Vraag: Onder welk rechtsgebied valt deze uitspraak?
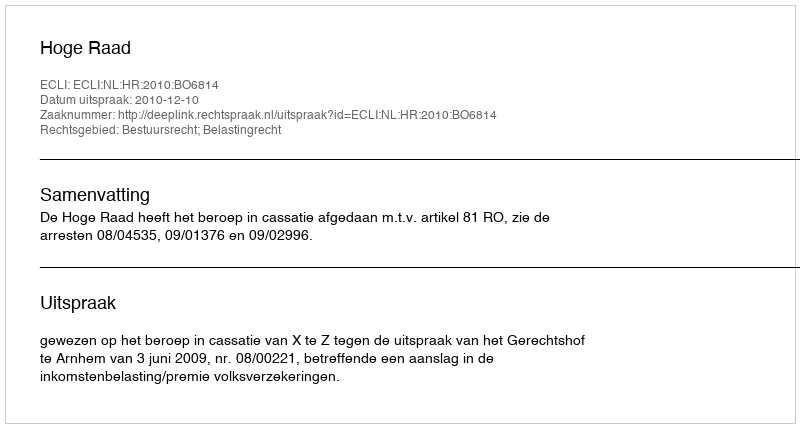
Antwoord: Bestuursrecht; Belastingrecht